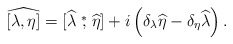
\begin{align*}\widehat{[\lambda,\eta]}=[\widehat\lambda\stackrel{*}{,}\widehat\eta]+i\left(\delta_\lambda\widehat\eta-\delta_\eta\widehat\lambda\right).\end{align*}